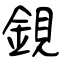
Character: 鋧